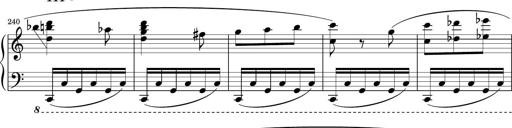
Title: Sonatina PandemÃ³nium
Composer: VÃ­ctor Carbajo
Key: C major